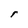
Character: r